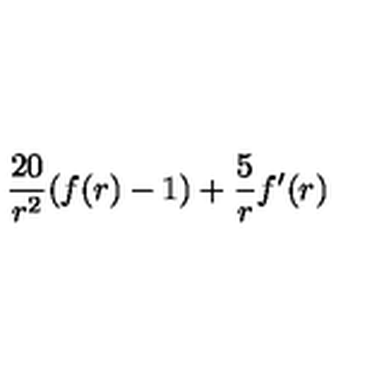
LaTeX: { \frac { 2 0 } { r ^ { 2 } } } ( f ( r ) - 1 ) + { \frac { 5 } { r } } f ^ { \prime } ( r )